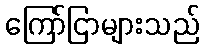
ကြော်ငြာများသည်